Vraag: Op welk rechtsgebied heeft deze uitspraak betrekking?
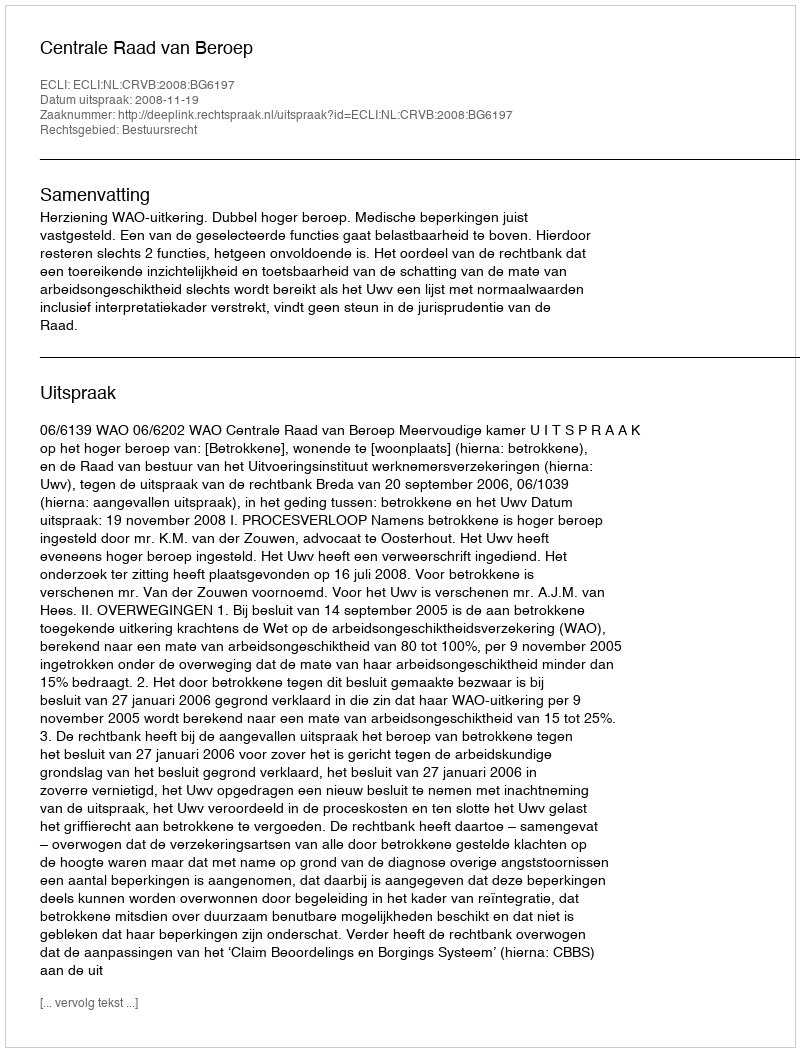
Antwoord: Bestuursrecht